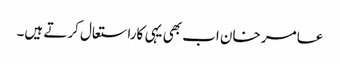
عامر خان اب بھی یہی کاراستعال کرتے ہیں۔